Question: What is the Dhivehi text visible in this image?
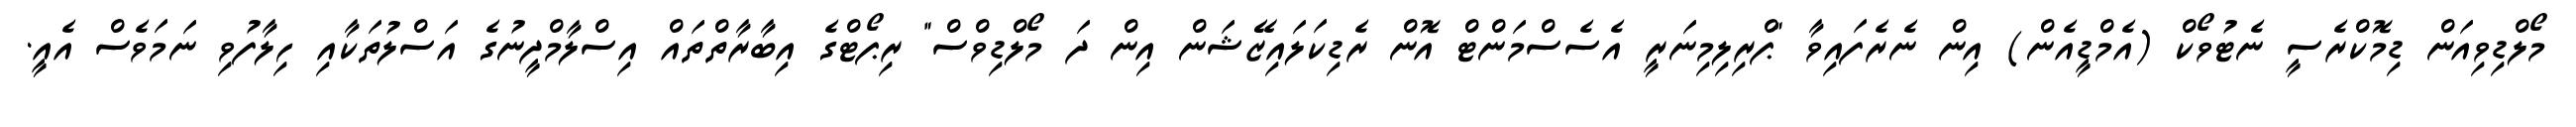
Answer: މޯލްޑިވިއަން ޑިމޮކްރެސީ ނެޓުވޯކް (އެމްޑީއެން) އިން ނެރެފައިވާ "ޕްރިލިމިނަރީ އެސެސްމަންޓް އޮން ރެޑިކަލައިޒޭޝަން އިން ދަ މޯލްޑިވްސް" ރިޕޯޓްގެ އިބާރާތްތައް އިސްލާމްދީނުގެ އަސްލުތަކާއި ހިލާފުވި ނަމަވެސް އެއީ.